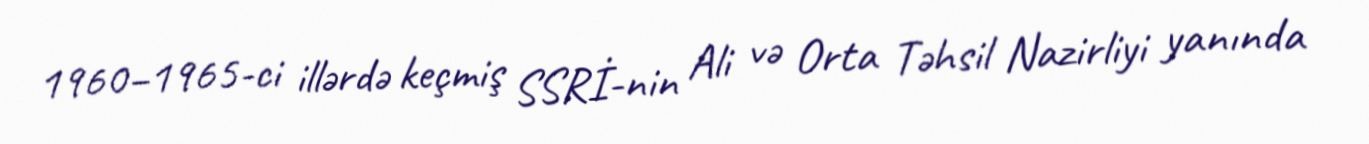
1960–1965-ci illərdə keçmiş SSRİ-nin Ali və Orta Təhsil Nazirliyi yanında